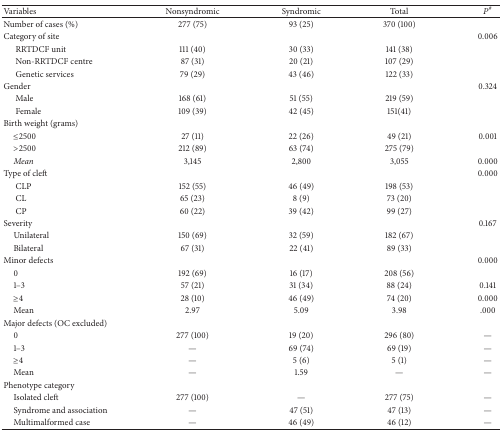
<table><thead><tr><td><b>Variables</b></td><td><b>Nonsyndromic </b></td><td><b>Syndromic</b></td><td><b> Total </b></td><td><b><i>P</i><sup>#</sup></b></td></tr></thead><tbody><tr><td>Number of cases (%)</td><td>277 (75)</td><td>93 (25)</td><td>370 (100)</td><td> </td></tr><tr><td>Category of site</td><td> </td><td> </td><td> </td><td>0.006</td></tr><tr><td>RRTDCF unit</td><td>111 (40)</td><td>30 (33)</td><td>141 (38)</td><td> </td></tr><tr><td>Non-RRTDCF centre</td><td>87 (31)</td><td>20 (21)</td><td>107 (29)</td><td> </td></tr><tr><td>Genetic services</td><td>79 (29)</td><td>43 (46)</td><td>122 (33)</td><td> </td></tr><tr><td>Gender</td><td> </td><td> </td><td> </td><td>0.324</td></tr><tr><td>Male</td><td>168 (61)</td><td>51 (55)</td><td>219 (59)</td><td> </td></tr><tr><td>Female</td><td>109 (39)</td><td>42 (45)</td><td>151(41)</td><td> </td></tr><tr><td>Birth weight (grams) </td><td> </td><td> </td><td> </td><td> </td></tr><tr><td>≤2500</td><td>27 (11)</td><td>22 (26)</td><td>49 (21)</td><td>0.001</td></tr><tr><td>&gt;2500</td><td>212 (89)</td><td>63 (74)</td><td>275 (79)</td><td> </td></tr><tr><td> <i>Mean </i></td><td>3,145</td><td>2,800</td><td>3,055</td><td>0.000</td></tr><tr><td>Type of cleft</td><td> </td><td> </td><td> </td><td>0.000</td></tr><tr><td>CLP</td><td>152 (55)</td><td>46 (49)</td><td>198 (53)</td><td> </td></tr><tr><td>CL</td><td>65 (23)</td><td>8 (9)</td><td>73 (20)</td><td> </td></tr><tr><td>CP</td><td>60 (22)</td><td>39 (42)</td><td>99 (27)</td><td> </td></tr><tr><td>Severity</td><td> </td><td> </td><td> </td><td>0.167</td></tr><tr><td> Unilateral</td><td>150 (69)</td><td>32 (59)</td><td>182 (67)</td><td> </td></tr><tr><td> Bilateral</td><td>67 (31)</td><td>22 (41)</td><td>89 (33)</td><td> </td></tr><tr><td>Minor defects</td><td> </td><td> </td><td> </td><td>0.000</td></tr><tr><td> 0</td><td>192 (69)</td><td>16 (17)</td><td>208 (56)</td><td> </td></tr><tr><td> 1–3</td><td>57 (21)</td><td>31 (34)</td><td>88 (24)</td><td>0.141</td></tr><tr><td> ≥<i>4 </i></td><td>28 (10)</td><td>46 (49)</td><td>74 (20)</td><td>0.000</td></tr><tr><td> Mean</td><td>2.97</td><td>5.09</td><td>3.98</td><td>.000</td></tr><tr><td>Major defects (OC excluded)</td><td> </td><td> </td><td> </td><td> </td></tr><tr><td> 0</td><td>277 (100)</td><td>19 (20)</td><td>296 (80)</td><td>—</td></tr><tr><td> 1–3</td><td>—</td><td>69 (74)</td><td>69 (19)</td><td>—</td></tr><tr><td> ≥4</td><td>—</td><td>5 (6)</td><td>5 (1)</td><td>—</td></tr><tr><td> Mean</td><td>—</td><td>1.59</td><td>—</td><td>—</td></tr><tr><td>Phenotype category</td><td> </td><td> </td><td> </td><td> </td></tr><tr><td> Isolated cleft</td><td>277 (100)</td><td>—</td><td>277 (75)</td><td>—</td></tr><tr><td> Syndrome and association</td><td>—</td><td>47 (51)</td><td>47 (13)</td><td>—</td></tr><tr><td> Multimalformed case</td><td>—</td><td>46 (49)</td><td>46 (12)</td><td>—</td></tr></tbody></table>